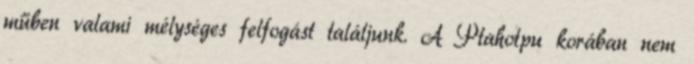
műben valami mélységes felfogást találjunk. A Ptahotpu korában nem